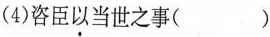
(4)咨臣以当世之事( )